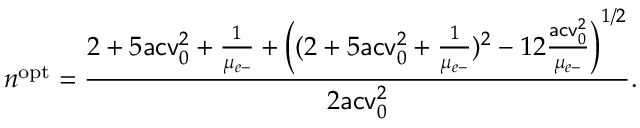
n ^ { \mathrm { o p t } } = \frac { 2 + 5 \mathsf { a c v } _ { 0 } ^ { 2 } + \frac { 1 } { \mu _ { e \mathrm { - } } } + \left( ( 2 + 5 \mathsf { a c v } _ { 0 } ^ { 2 } + \frac { 1 } { \mu _ { e \mathrm { - } } } ) ^ { 2 } - 1 2 \frac { \mathsf { a c v } _ { 0 } ^ { 2 } } { \mu _ { e \mathrm { - } } } \right) ^ { 1 / 2 } } { 2 \mathsf { a c v } _ { 0 } ^ { 2 } } .